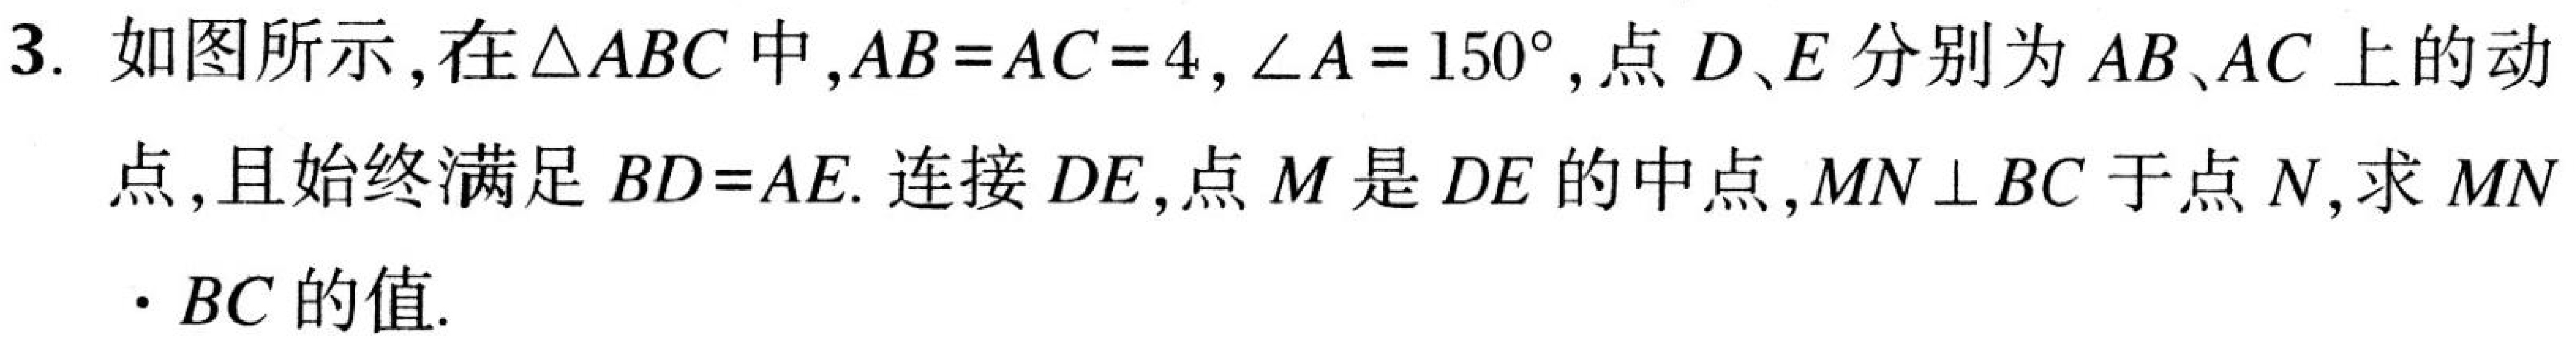
3. 如图所示，在$\triangle ABC$中，$AB = AC = 4$，$\angle A = 150^{\circ}$，点$D、E$分别为$AB、AC$上的动点，且始终满足$BD = AE$. 连接$DE$，点$M$是$DE$的中点，$MN\perp BC$于点$N$，求$MN\cdot BC$的值.